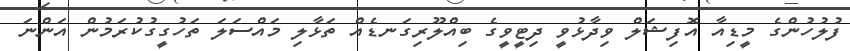
ފުލުހުންގެ މީޑިއާ އޮފިޝަލް ވިދާޅުވީ ދިޓީވީގެ ބިއްލޫރިގަނޑެއް ތަޅާލި މައްސަލަ ތަހުގީގުކުރަމުން އަންނަ